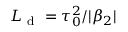
L _ { \mathrm { ~ d ~ } } = \tau _ { 0 } ^ { 2 } / | \beta _ { 2 } |